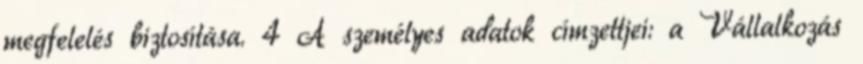
megfelelés biztosítása. 4 A személyes adatok címzettjei: a Vállalkozás